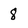
Character: 8